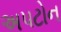
અપટોન